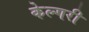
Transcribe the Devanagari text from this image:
केल्गरी